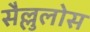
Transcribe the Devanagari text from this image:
सैल्लुलोस